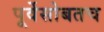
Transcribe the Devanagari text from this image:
पूर्वेसोबतच